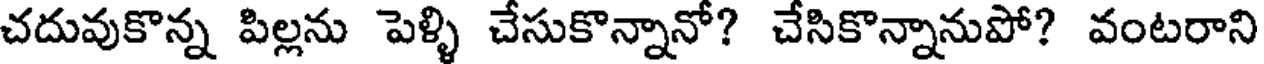
చదువుకొన్న పిల్లను పెళ్ళి చేసుకొన్నానో? చేసికొన్నానుపో? వంటరాని